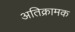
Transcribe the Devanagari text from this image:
अतिक्रामक